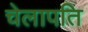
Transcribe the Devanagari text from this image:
चेलापति